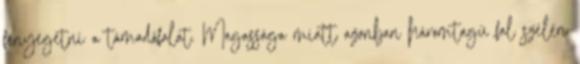
fenyegetni a támadófalat. Magassága miatt azonban háromtagú fal szélén